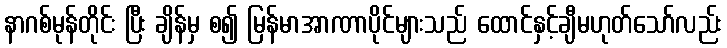
နာဂစ်မုန်တိုင်း ပြီး ချိန်မှ စ၍ မြန်မာအာဏာပိုင်များသည် ထောင်နှင့်ချီမဟုတ်သော်လည်း